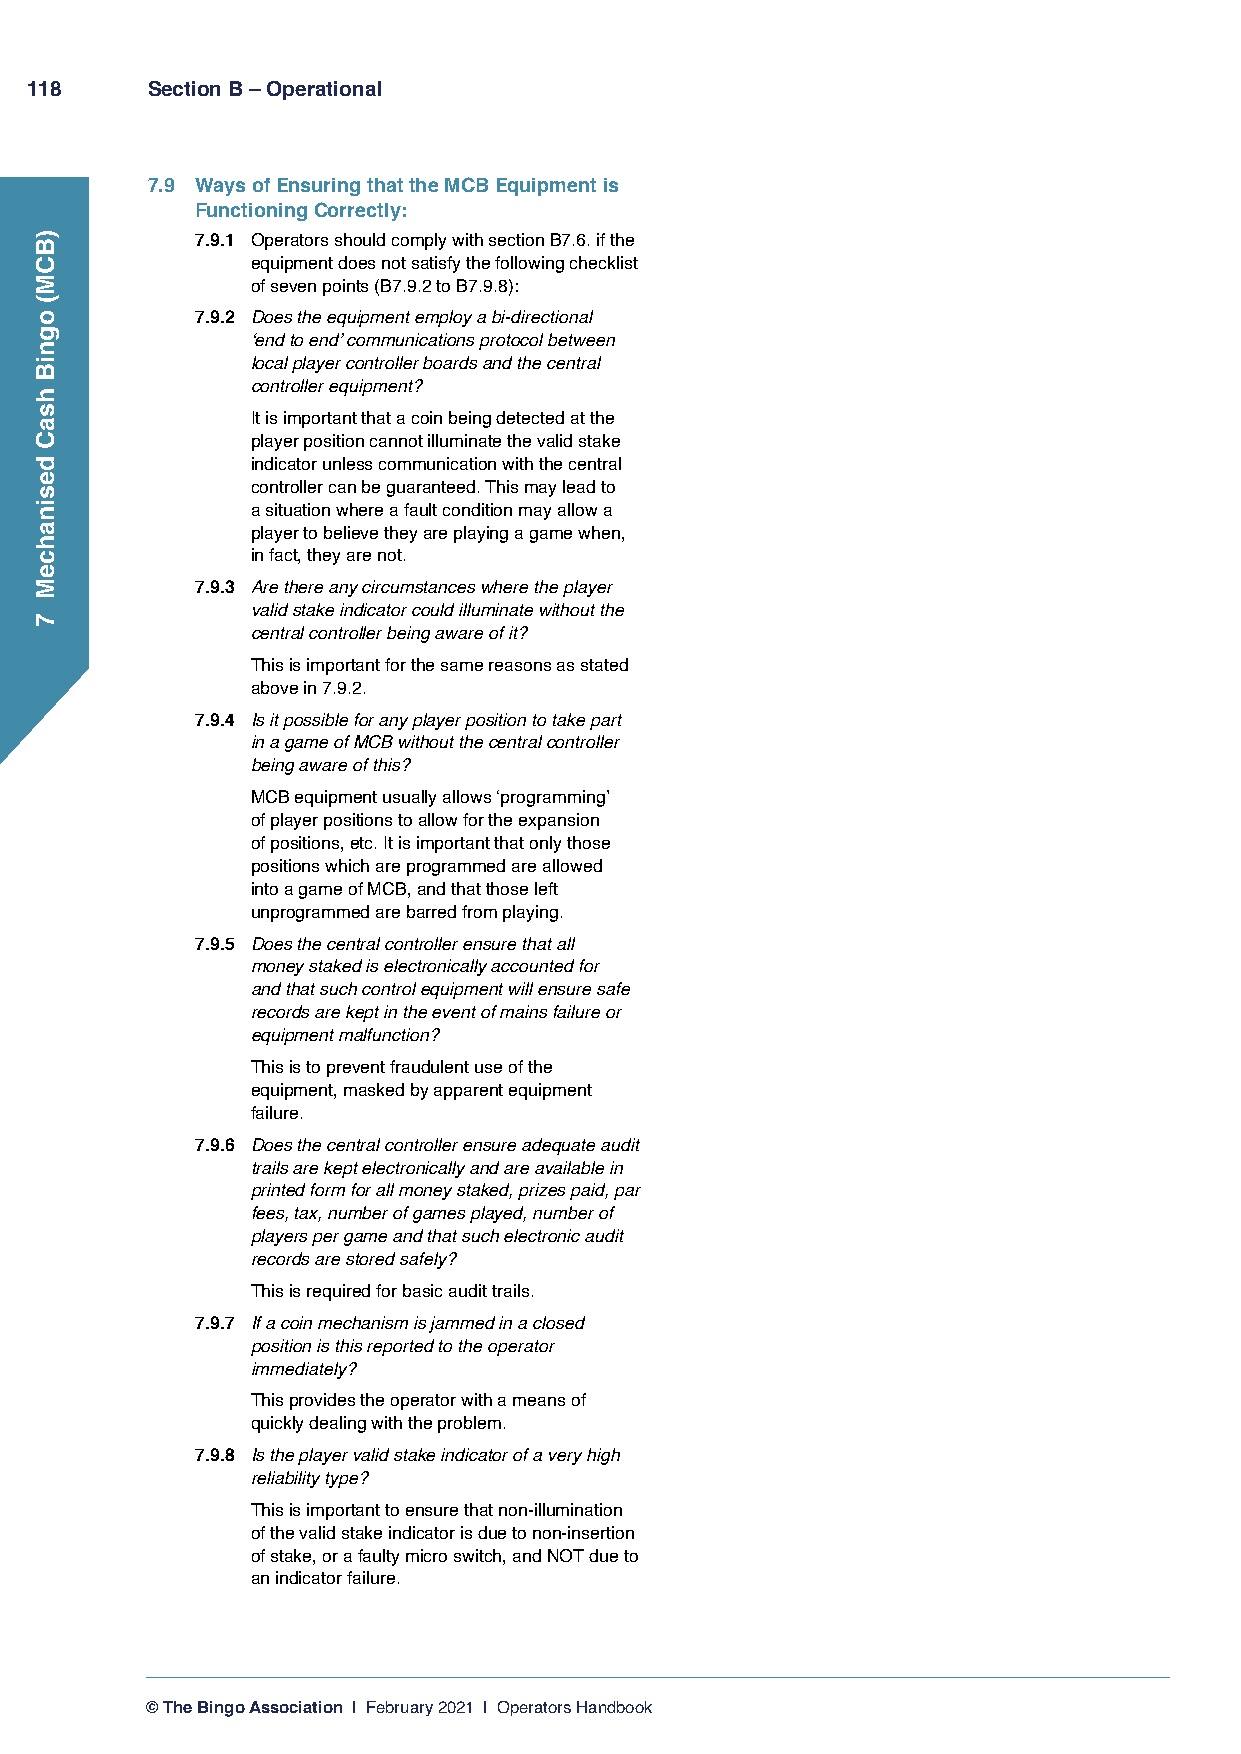
118     Section B – Operational
 7.9 Ways of Ensuring that the MCB Equipment is
 Functioning Correctly:
 7.9.1 Operators should comply with section B7.6. if the
 equipment does not satisfy the following checklist
 of seven points (B7.9.2 to B7.9.8):
 7.9.2 Does the equipment employ a bi-directional
 ‘end to end’ communications protocol between
 local player controller boards and the central
 controller equipment?
 I t is important that a coin being detected at the
 player position cannot illuminate the valid stake
 indicator unless communication with the central
 controller can be guaranteed. This may lead to
 a situation where a fault condition may allow a
 player to believe they are playing a game when,
 in fact, they are not.
 7.9.3 Are there any circumstances where the player
 valid stake indicator could illuminate without the
 central controller being aware of it?
 T his is important for the same reasons as stated
 above in 7.9.2.
 7.9.4 Is it possible for any player position to take part
 in a game of MCB without the central controller
 being aware of this?
 M CB equipment usually allows ‘programming’
 of player positions to allow for the expansion
 of positions, etc. It is important that only those
 positions which are programmed are allowed
 into a game of MCB, and that those left
 unprogrammed are barred from playing.
 7.9.5 Does the central controller ensure that all
 money staked is electronically accounted for
 and that such control equipment will ensure safe
 records are kept in the event of mains failure or
 equipment malfunction?
 T his is to prevent fraudulent use of the
 equipment, masked by apparent equipment
 failure.
 7.9.6 Does the central controller ensure adequate audit
 trails are kept electronically and are available in
 printed form for all money staked, prizes paid, par
 fees, tax, number of games played, number of
 players per game and that such electronic audit
 records are stored safely?
 This is required for basic audit trails.
 7.9.7 If a coin mechanism is jammed in a closed
 position is this reported to the operator
 immediately?
 T his provides the operator with a means of
 quickly dealing with the problem.
 7.9.8 Is the player valid stake indicator of a very high
 reliability type?
 T his is important to ensure that non-illumination
 of the valid stake indicator is due to non-insertion
 of stake, or a faulty micro switch, and NOT due to
 an indicator failure.
 © The Bingo Association | February 2021 | Operators Handbook
 )BCM(
 ogniB
 hsaC
 desinahceM
 7